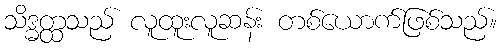
သိဒ္ဓတ္ထသည် လူထူးလူဆန်း တစ်ယောက်ဖြစ်သည်။